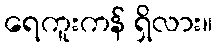
ရေကူးကန် ရှိလား။